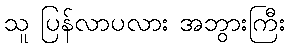
သူ ပြန်လာပလား အဘွားကြီး